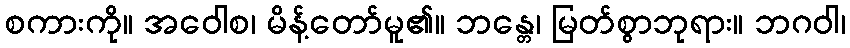
စကားကို။ အဝေါစ၊ မိန့်တော်မူ၏။ ဘန္တေ၊ မြတ်စွာဘုရား။ ဘဂဝါ၊